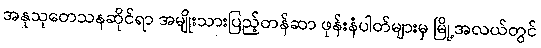
အနုသုတေသနဆိုင်ရာ အမျိုးသားပြည့်တန်ဆာ ဖုန်းနံပါတ်များမှ မြို့အလယ်တွင်